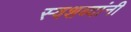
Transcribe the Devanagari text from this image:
स्वशब्दांनी